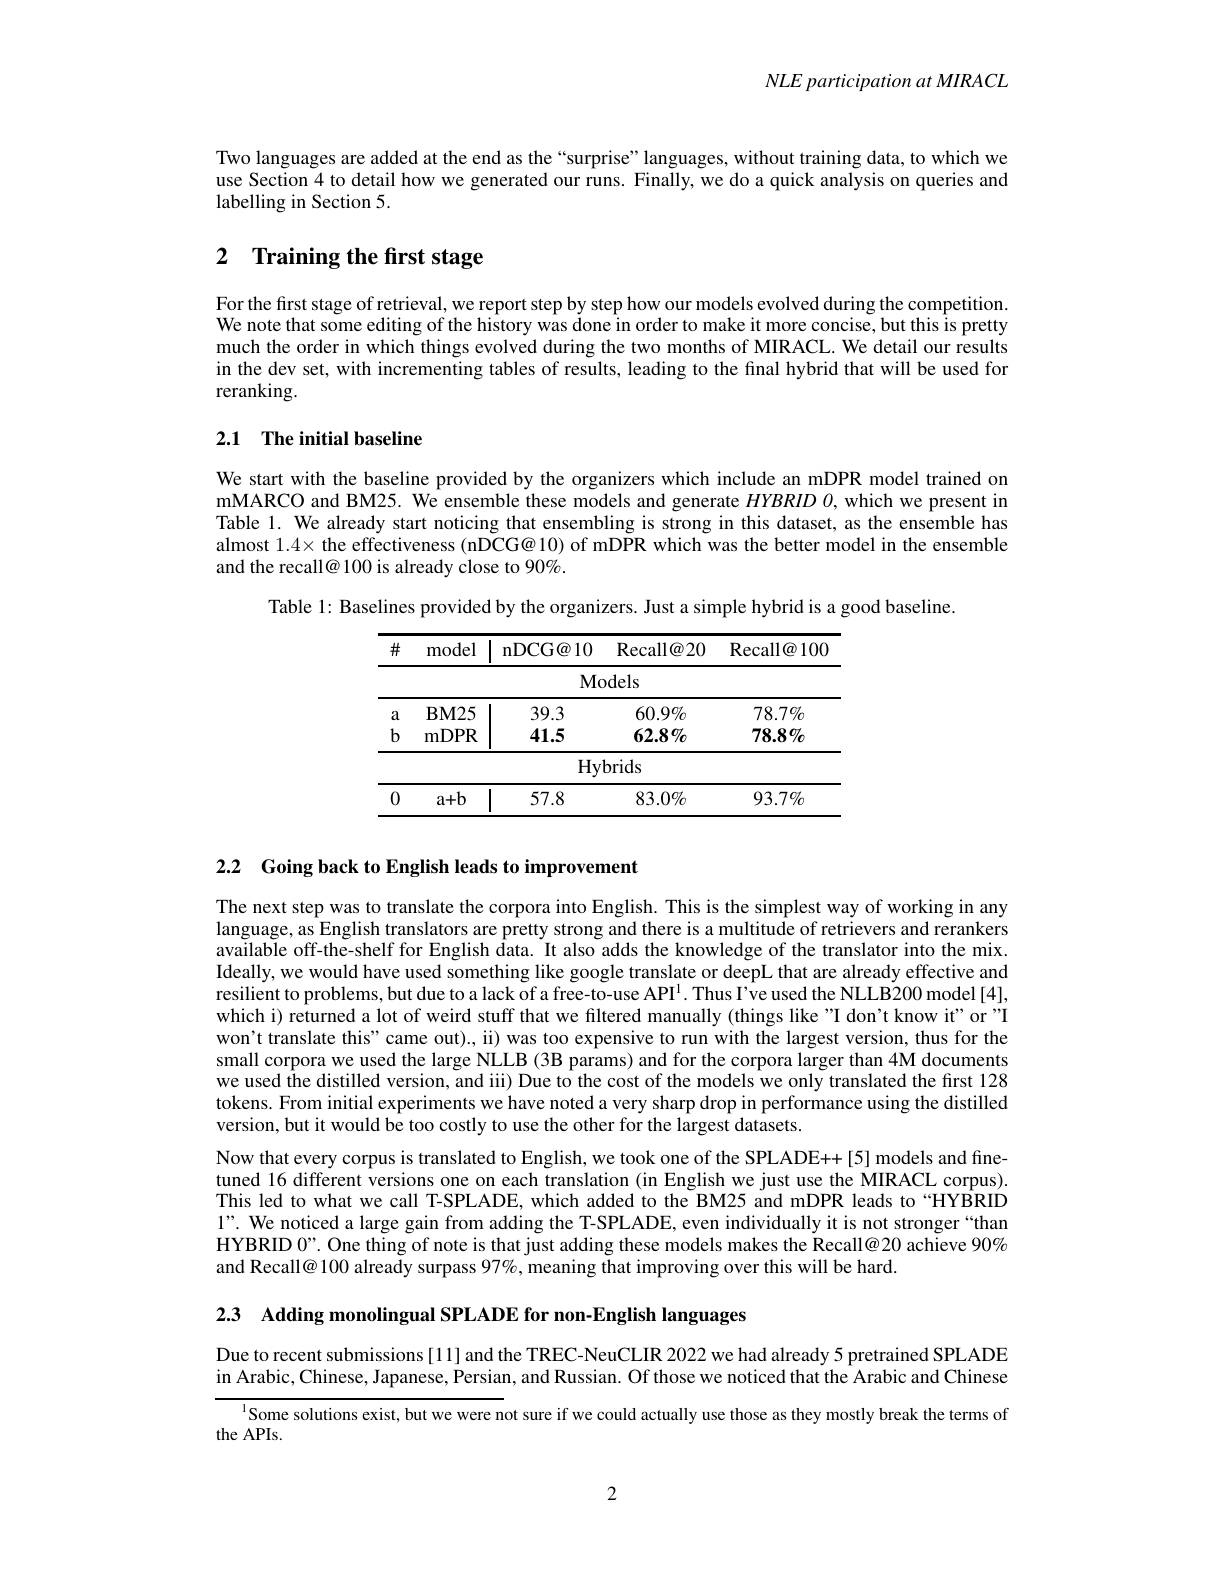
NLE participation at MIRACL

Two languages are added at the end as the “surprise”languages, without training data, to which we use Section 4 to detail how we generated our runs. Finally, we do a quick analysis on queries and labelling in Section 5.

## 2 $\textbf{Training the first stage}$

For the first stage of retrieval, we report step by step how our models evolved during the competition. We note that some editing of the history was done in order to make it more concise, but this is pretty much the order in which things evolved during the two months of MIRACL. We detail our results in the dev set, with incrementing tables of results, leading to the final hybrid that will be used for reranking.

## 2.1 The initial baseline

We start with the baseline provided by the organizers which include an mDPR model trained on mMARCO and BM25. We ensemble these models and generate $HYBRID$ $O$, which we present in Table 1. We already start noticing that ensembling is strong in this dataset, as the ensemble has almost $1.4\times$ the effectiveness (nDCG@ 10) of mDPR which was the better model in the ensemble and the recall@ 100 is already close to 90%.

Table 1: Baselines provided by the organizers. Just a simple hybrid is a good baseline.
<table>
	<tbody>
		<tr>
			<th>$\#$</th>
			<th>model</th>
			<th>nDCG@ 10</th>
			<th>$\operatorname{Recall@20}$</th>
			<th>Recall@ 100</th>
		</tr>
		<tr>
			<td> </td>
			<td> </td>
			<td>$Mc$</td>
			<td>xdels</td>
			<td> </td>
		</tr>
		<tr>
			<td>0</td>
			<td>$a+b$</td>
			<td>57.8</td>
			<td>$83.0\%$</td>
			<td>$93.7\%$</td>
		</tr>
	</tbody>
</table>

2.2 Going back to English leads to improvement

The next step was to translate the corpora into English. This is the simplest way of working in any language, as English translators are pretty strong and there is a multitude of retrievers and rerankers available off-the-shelf for English data. It also adds the knowledge of the translator into the mix Ideally, we would have used something like google translate or deepL that are already effective and resilient to problems, but due to a lack of a free-to-use API'. Thus I've used the NLLB200 model[4], which i) returned a lot of weird stuff that we filtered manually (things like"I don't know it" or"I won't translate this" came out)., ii) was too expensive to run with the largest version, thus for the small corpora we used the large NLLB (3B params) and for the corpora larger than 4M documents we used the distilled version, and iii) Due to the cost of the models we only translated the first 128 tokens. From initial experiments we have noted a very sharp drop in performance using the distilled version, but it would be too costly to use the other for the largest datasets.
Now that every corpus is translated to English, we took one of the SPLADE++[5] models and finetuned 16 different versions one on each translation (in English we just use the MIRACL corpus). This led to what we call T-SPLADE, which added to the BM25 and mDPR leads to“HYBRID $1”.$ We noticed a large gain from adding the T-SPLADE, even individually it is not stronger“than HYBRID 0”.One thing of note is that just adding these models makes the Recall@20 achieve 90% and Recall@ 100 already surpass 97%, meaning that improving over this will be hard.

2.3 Adding monolingual SPLADE for non-English languages

Due to recent submissions[11] and the TREC-NeuCLIR 2022 we had already 5 pretrained SPLADE in Arabic, Chinese, Japanese, Persian, and Russian. Of those we noticed that the Arabic and Chinese

$^{1}$Some solutions exist, but we were not sure if we could actually use those as they mostly break the terms of

the APIs.

2